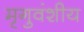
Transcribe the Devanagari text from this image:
मृगुवंशीय